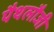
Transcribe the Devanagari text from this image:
पैथलौजी